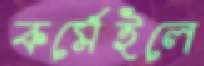
কর্মেইলে